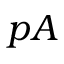
p A